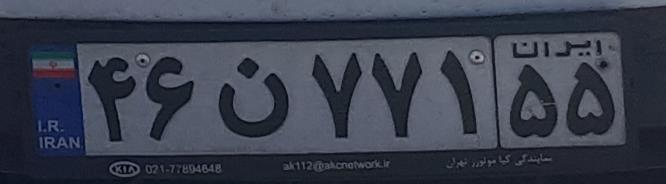
۴۶ن۷۷۱۵۵